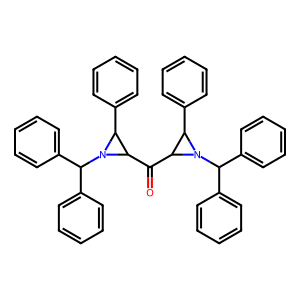
SMILES: O=C(C1C(c2ccccc2)N1C(c1ccccc1)c1ccccc1)C1C(c2ccccc2)N1C(c1ccccc1)c1ccccc1
Inhibits HIV replication: No